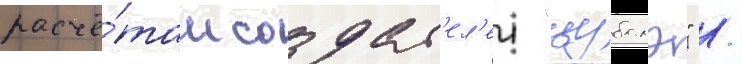
расчё́там создат'ел'еи "цубамэ" /